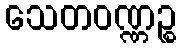
သေတဝဏ္ဏဉ္စ